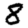
Digit: 8